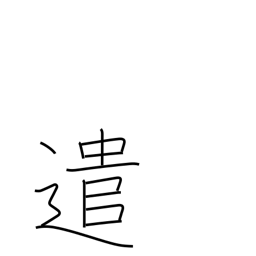
Meaning: undertake